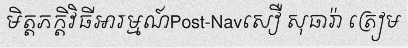
មិត្តភក្តិវិធីអារម្មណ៍Post-Navសឿ សុធារ៉ា ត្រៀម